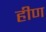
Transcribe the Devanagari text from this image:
हीण